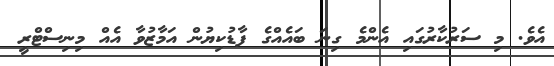
އެވެ. މި ސަރުކާރުގައި އެންމެ ގިނަ ބައެއްގެ ފާޑުކިޔުން އަމާޒުވާ އެއް މިނިސްޓްރީ